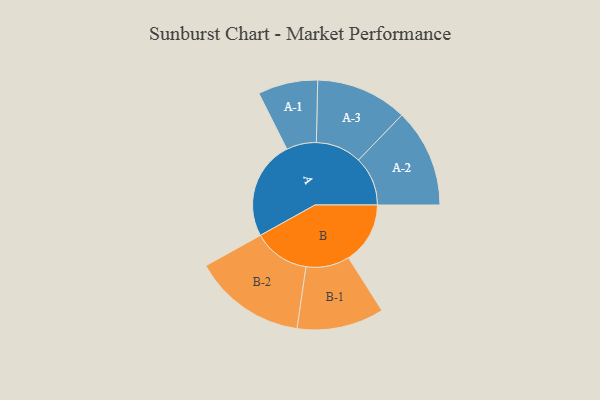
{"axis": {"x": "Segment", "y": "Value"}, "legend": ["", "A", "B"], "data": [{"x": "A", "y": 486, "type": ""}, {"x": "B", "y": 303, "type": ""}, {"x": "A-1", "y": 147, "type": "A"}, {"x": "A-2", "y": 242, "type": "A"}, {"x": "A-3", "y": 225, "type": "A"}, {"x": "B-1", "y": 214, "type": "B"}, {"x": "B-2", "y": 277, "type": "B"}]}